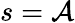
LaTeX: s=\mathcal{A}